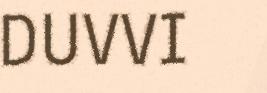
DUVVI